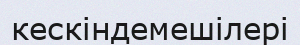
кескіндемешілері